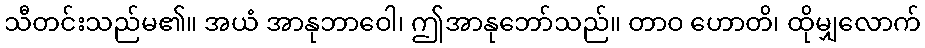
သီတင်းသည်မ၏။ အယံ အာနုဘာဝေါ၊ ဤအာနုဘော်သည်။ တာဝ ဟောတိ၊ ထိုမျှလောက်